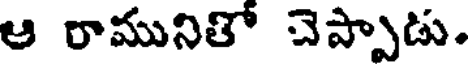
ఆ రామునితో చెప్పాడు.